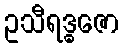
ဥသီရဒ္ဓဇော